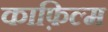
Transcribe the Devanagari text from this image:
काफ़िल्म